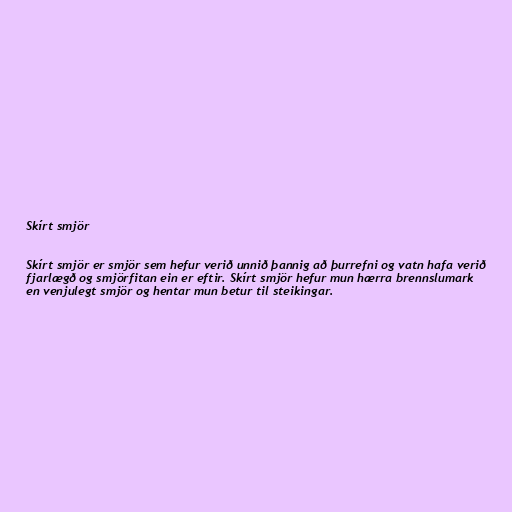
Skírt smjör

Skírt smjör er smjör sem hefur verið unnið þannig að þurrefni og vatn hafa verið
fjarlægð og smjörfitan ein er eftir. Skírt smjör hefur mun hærra brennslumark
en venjulegt smjör og hentar mun betur til steikingar.